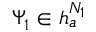
\Psi _ { 1 } \in \mathfrak { h } _ { a } ^ { N _ { 1 } }